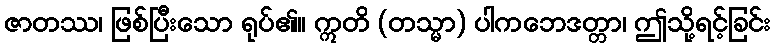
ဇာတဿ၊ ဖြစ်ပြီးသော ရုပ်၏။ ဣတိ (တသ္မာ) ပါကဘေဒတ္တာ၊ ဤသို့ရင့်ခြင်း